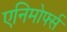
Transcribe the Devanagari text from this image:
एनिमोर्फ्स